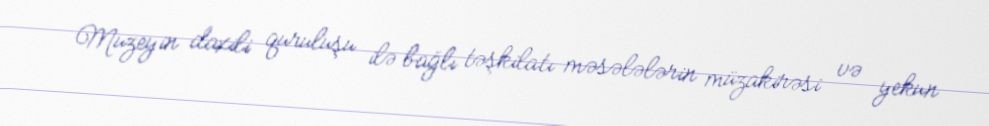
Muzeyin daxili quruluşu ilə bağlı təşkilatı məsələlərin müzakirəsi və yekun